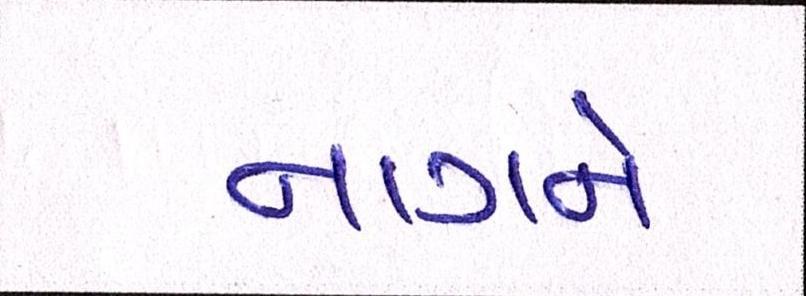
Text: નાગને